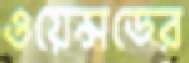
ওয়েন্সডের